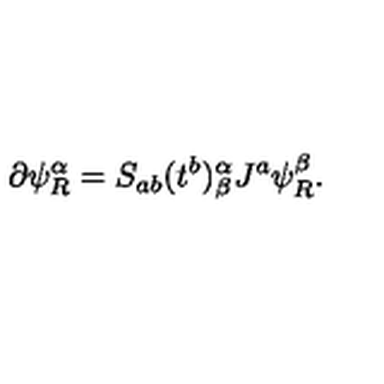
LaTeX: \partial \psi _ { R } ^ { \alpha } = S _ { a b } ( t ^ { b } ) _ { \beta } ^ { \alpha } J ^ { a } \psi _ { R } ^ { \beta } .